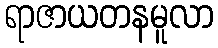
ရာဇာယတနမူလာ